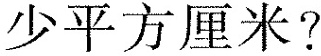
少平方厘米?